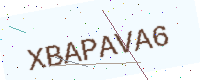
Text: XBAPAVA6